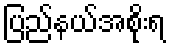
ပြည်နယ်အစိုးရ